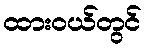
ထားဝယ်တွင်